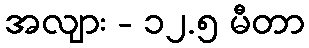
အလျား - ၁၂.၅ မီတာ